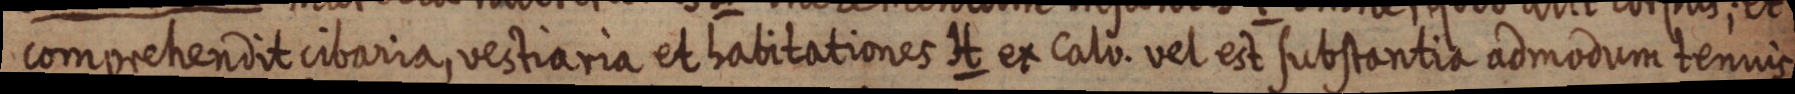
comprehendit cibaria, vestiaria et habitationes H ex calo. vel est substantia admodum tennis